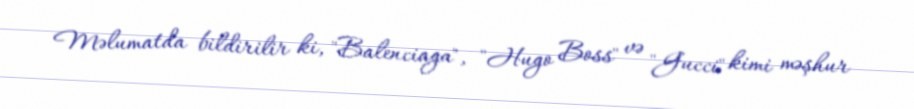
Məlumatda bildirilir ki, "Balenciaga", "Hugo Boss" və "Gucci" kimi məşhur